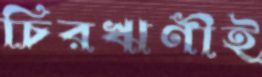
চিরঋণীই